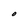
Character: O